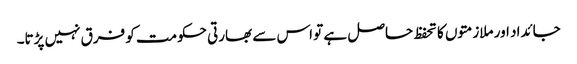
جائداد اور ملازمتوں کا تحفظ حاصل ہے تو اس سے بھارتی حکومت کو فرق نہیں پڑتا۔